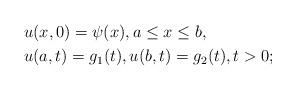
LaTeX: \begin{align*} & u(x,0)=\psi(x),a\leq x\leq b, \\ & u(a,t)=g_1(t), u(b,t)=g_2(t), t>0; \end{align*}